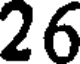
26